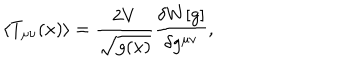
\langle T _ { \mu \nu } ( x ) \rangle = \frac { 2 V } { \sqrt { g ( x ) } } \frac { \delta W [ g ] } { \delta g ^ { \mu \nu } } ,